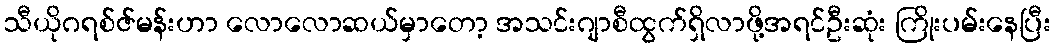
သီယိုဂရစ်ဇ်မန်းဟာ လောလောဆယ်မှာတော့ အသင်းဂျာစီထွက်ရှိလာဖို့အရင်ဦးဆုံး ကြိုးပမ်းနေပြီး